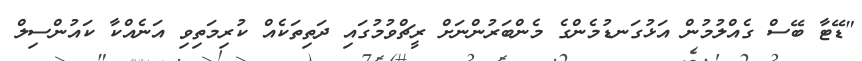
"ޑޭޓާ ބޭސް ގެއްލުމުން އަޅުގަނޑުމެންގެ މެންބަރުންނަށް ރީޗްވުމުގައި ދަތިތަކެއް ކުރިމަތިވި އަނެއްކާ ކައުންސިލް